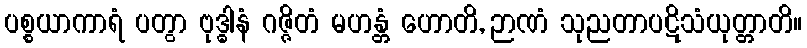
ပစ္စယာကာရံ ပတွာ ဗုဒ္ဓါနံ ဂဇ္ဇိတံ မဟန္တံ ဟောတိ, ဉာဏံ သုညတာပဋိသံယုတ္တာတိ။